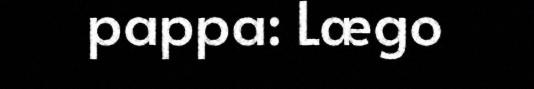
pappa: Lægo